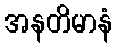
အနတိမာနံ